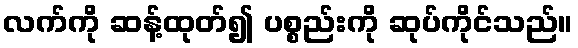
လက်ကို ဆန့်ထုတ်၍ ပစ္စည်းကို ဆုပ်ကိုင်သည်။